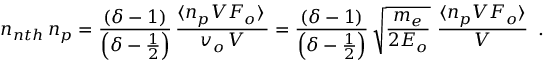
n _ { n t h } \, n _ { p } = \frac { ( \delta - 1 ) } { \left( \delta - \frac { 1 } { 2 } \right) } \, \frac { \langle n _ { p } V { \cal F } _ { o } \rangle \, } { v _ { o } \, V } = \frac { ( \delta - 1 ) } { \left( \delta - \frac { 1 } { 2 } \right) } \, \sqrt { \frac { m _ { e } } { 2 E _ { o } } } \, \, \frac { \langle n _ { p } V { \cal F } _ { o } \rangle } { V } \, \, \, .